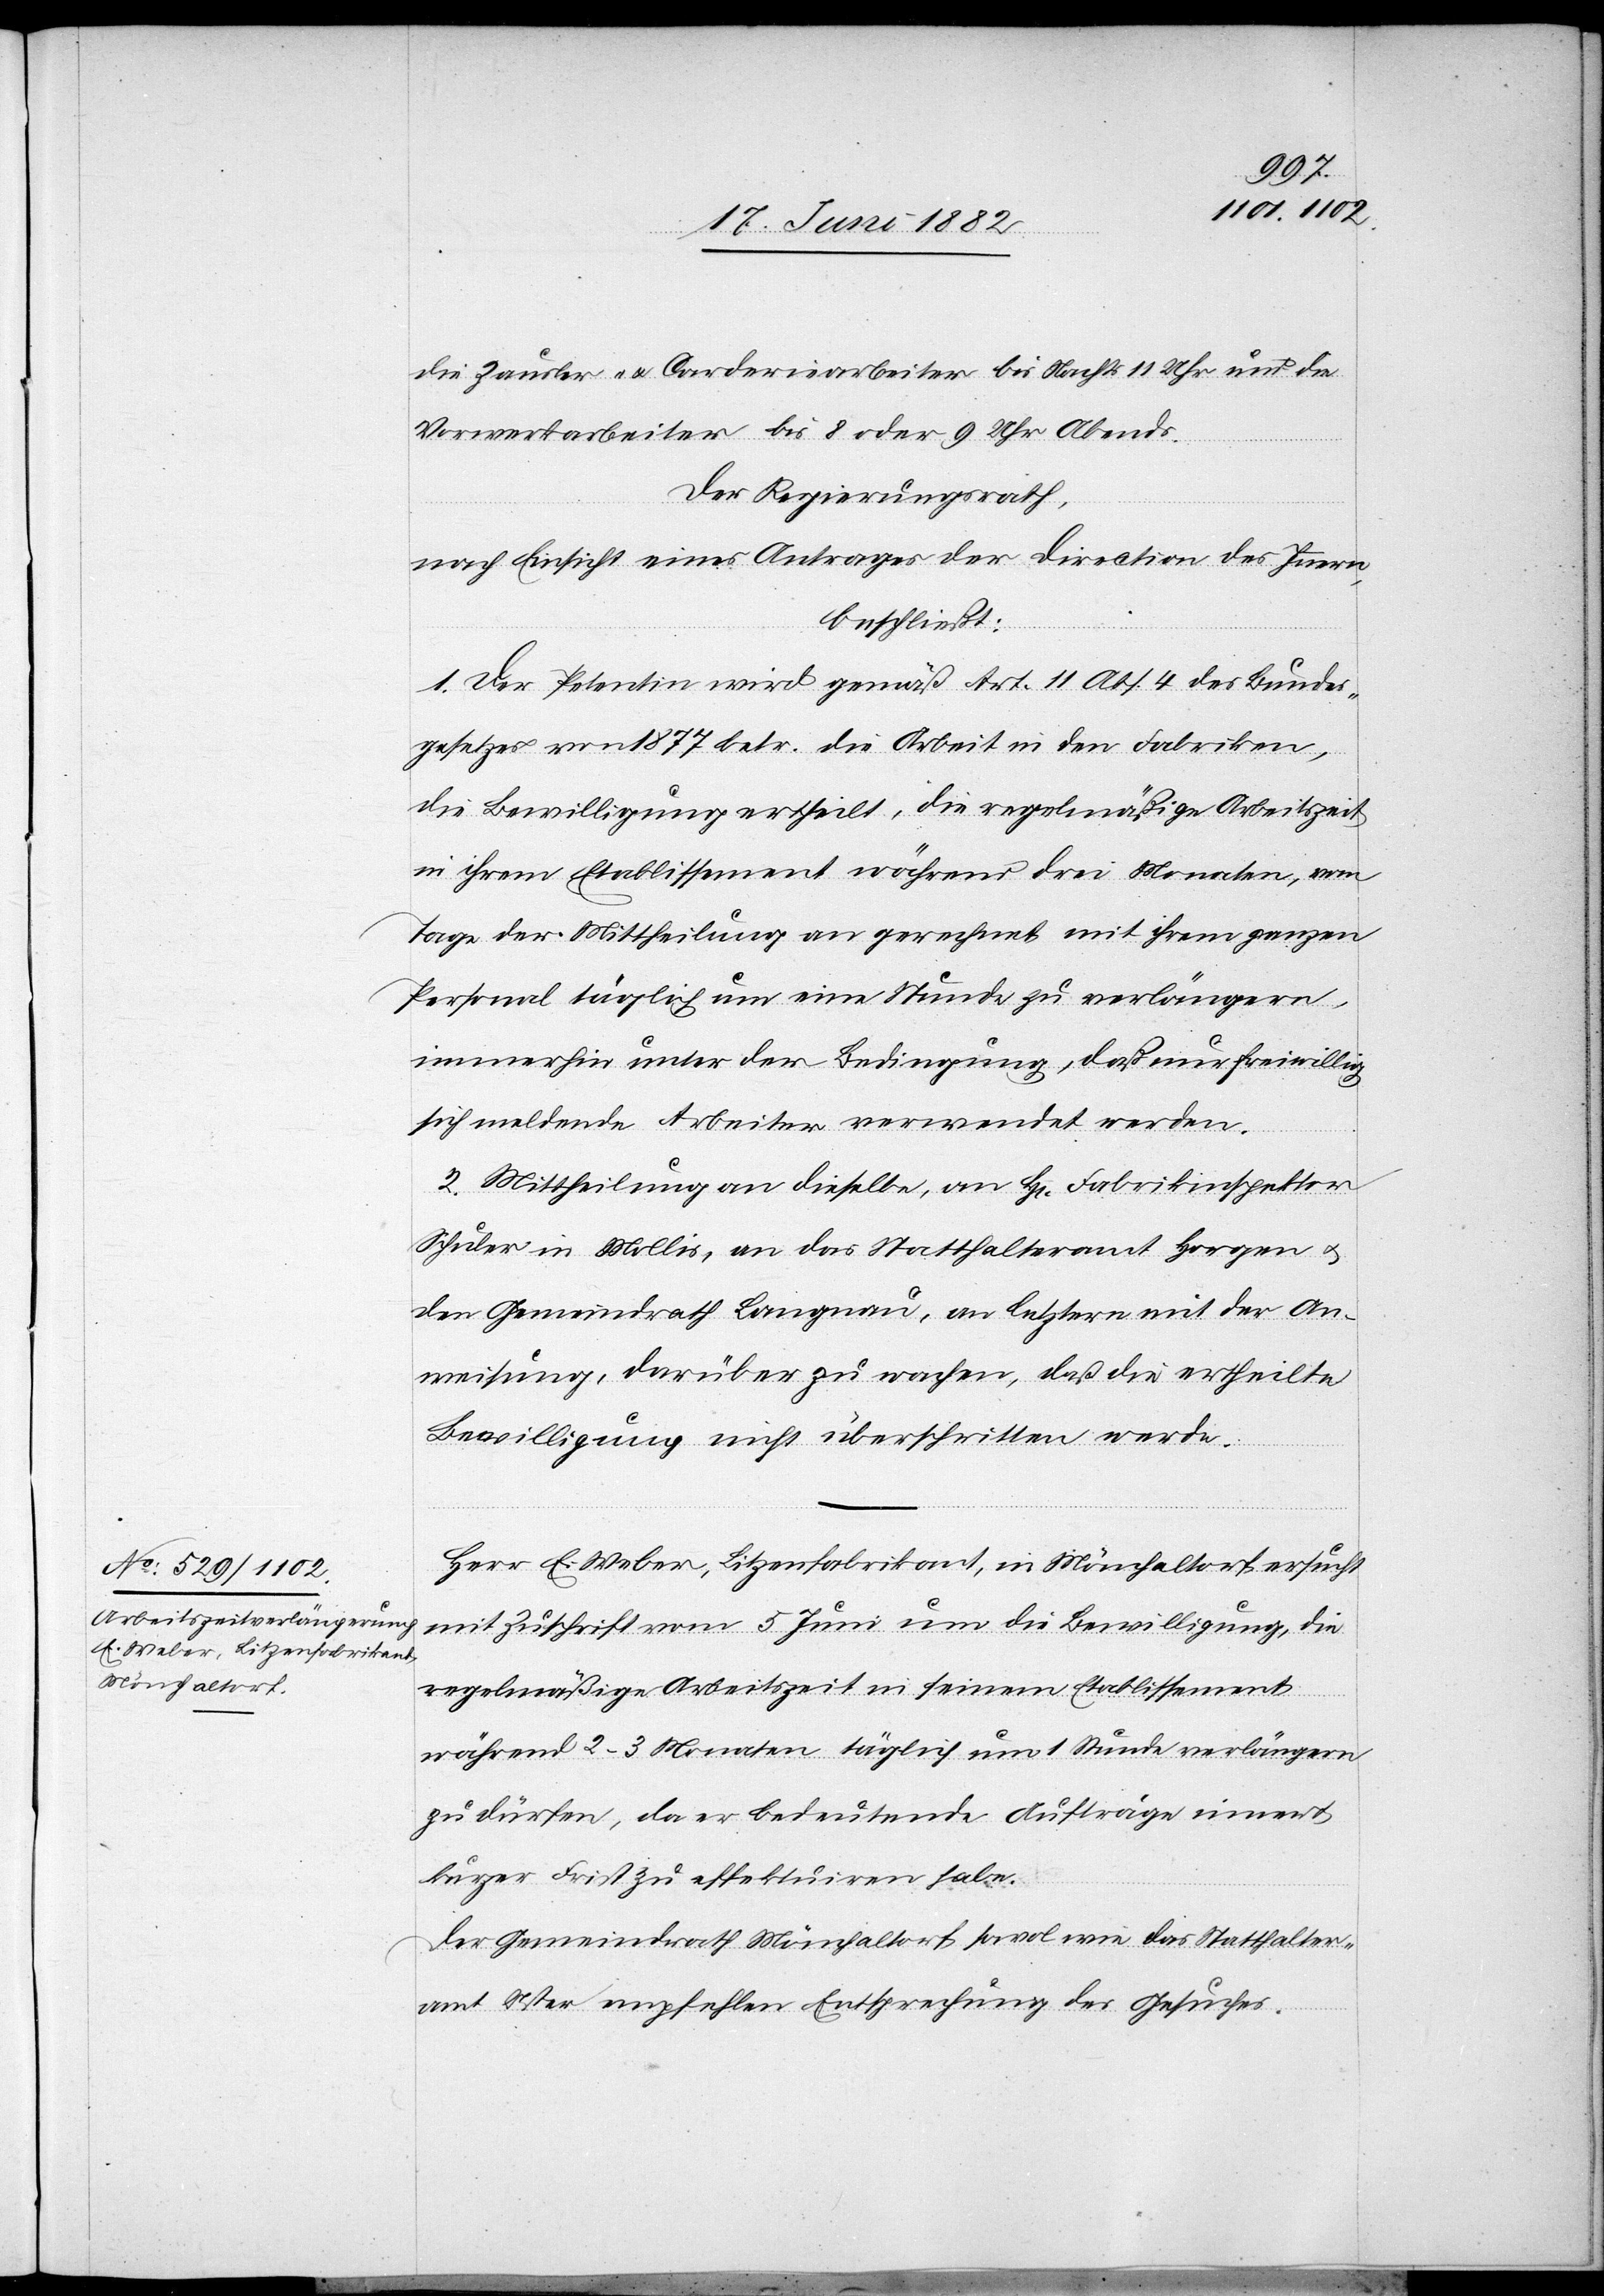
die Zausler- & Carderiearbeiter bis Nachts 11 Uhr und die
Vorwerkarbeiter bis 8 oder 9 Uhr Abends.
Der Regierungsrath,
nach Einsicht eines Antrages der Direction des Innern,
beschließt:
1. Der Petentin wird gemäß Art. 11 Abs. 4 des Bundes¬
gesetzes von 1877 betr. die Arbeit in den Fabriken
die Bewilligung ertheilt, die regelmäßige Arbeitszeit
in ihrem Etablissement während drei Monaten, vom
Tage der Mittheilung an gerechnet mit ihrem ganzen
Personal täglich um eine Stunde zu verlängern,
immerhin unter der Bedingung, daß nur freiwillig
sich meldende Arbeiter verwendet werden.
2. Mittheilung an dieselbe, an H[rn]. Fabrikinspektor
Schuler in Mollis. an das Statthalteramt Horgen u.
den Gemeindrath Langnau, an letztere mit der An¬
weisung, darüber zu wachen, daß die ertheilte
Bewilligung nicht überschritten werde.
Herr E. Weber, Litzenfabrikant, in Mönchaltorf, ersucht
mit Zuschrift vom 5. Juni um die Bewilligung, die
regelmäßige Arbeitszeit in seinem Etablissement
während 2–3 Monaten täglich um 1 Stunde verlängern
zu dürfen, da er bedeutende Auftrage innert
kurzer Frist zu effektuiren habe.
Der Gemeindrath Mönchaltorf sowol wie das Statthalter¬
amt Uster empfehlen Entsprechung des Gesuches.